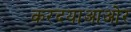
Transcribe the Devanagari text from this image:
करदयाआओर